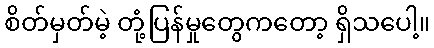
စိတ်မှတ်မဲ့ တုံ့ပြန်မှုတွေကတော့ ရှိသပေါ့။